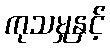
ကုသမှုနှင့်